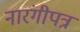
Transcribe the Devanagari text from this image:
नारंगीपत्र